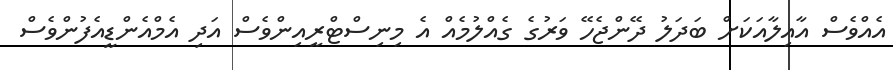
އެއްވެސް އާއިލާއަކަށް ބަދަލު ދޭންޖެހޭ ވަރުގެ ގެއްލުމެއް އެ މިނިސްޓްރީއިންވެސް އަދި އެމްއެންޑީއެފުންވެސް